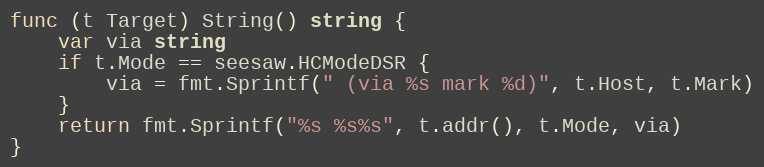
Language: Go
func (t Target) String() string {
	var via string
	if t.Mode == seesaw.HCModeDSR {
		via = fmt.Sprintf(" (via %s mark %d)", t.Host, t.Mark)
	}
	return fmt.Sprintf("%s %s%s", t.addr(), t.Mode, via)
}